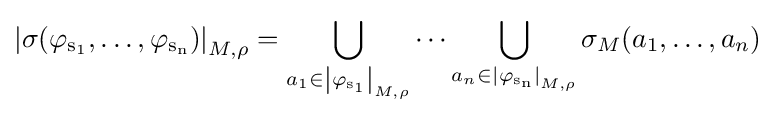
\mathrm {\left\vert \sigma (\varphi _{s_{1}},\dots ,\varphi _{s_{n}})\right\vert } _{M,\rho }=\bigcup _{a_{1}\in \mathrm {\left\vert \varphi _{s_{1}}\right\vert } _{M,\rho }}\dots \bigcup _{a_{n}\in \mathrm {\left\vert \varphi _{s_{n}}\right\vert } _{M,\rho }}\sigma _{M}(a_{1},\dots ,a_{n})